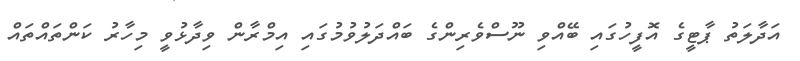
އަދާލަތު ޕާޓީގެ އޮފީހުގައި ބޭއްވި ނޫސްވެރިންގެ ބައްދަލުވުމުގައި އިމްރާން ވިދާޅުވީ މިހާރު ކަންތައްތައް